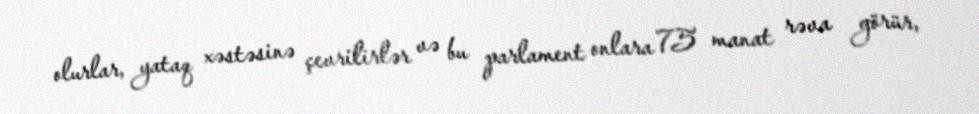
olurlar, yataq xəstəsinə çevrilirlər və bu parlament onlara 75 manat rəva görür,